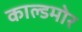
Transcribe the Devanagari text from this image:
काल्डमोर